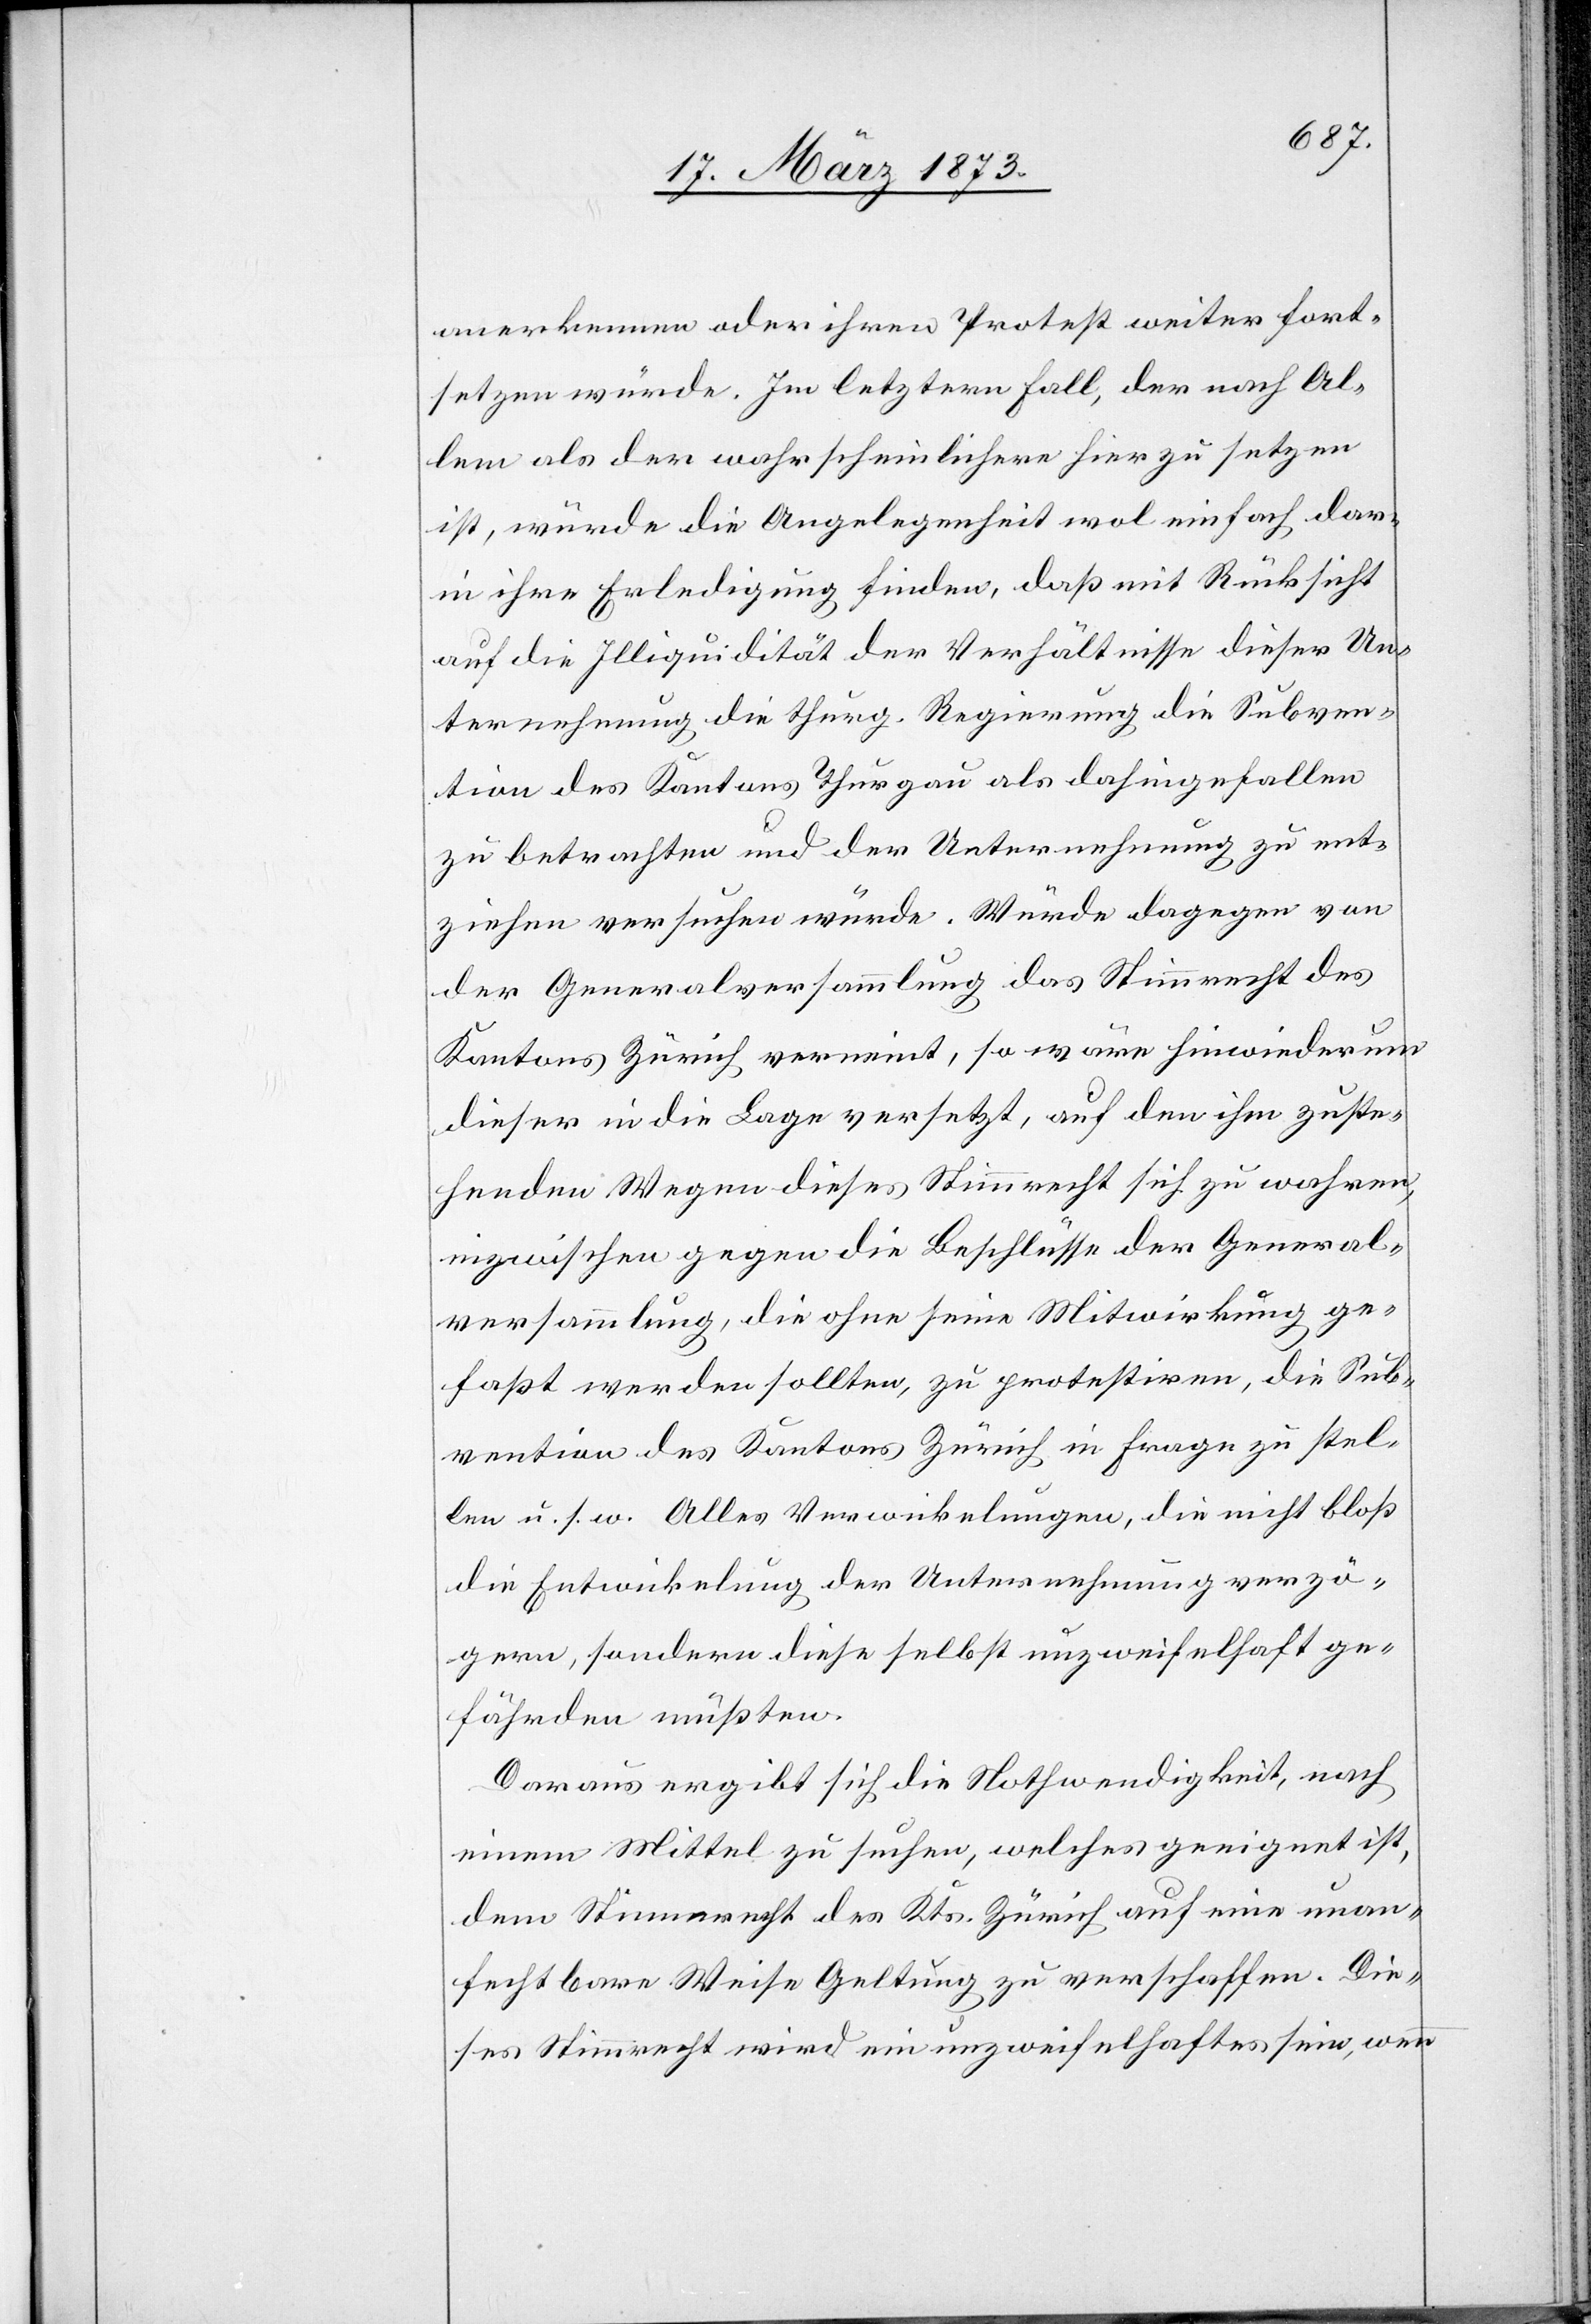
anerkennen oder ihren Protest weiter fort¬
setzen würde. Im letztern Fall, der nach Al¬
lem als der wahrscheinlichere hier zu setzen
ist, würde die Angelegenheit wol einfach dar¬
in ihre Erledigung finden, daß mit Rücksicht
auf die Illiquidität der Verhältnisse dieser Un¬
ternehmung die thurg. Regierung die Subven¬
tion des Kantons Thurgau als dahingefallen
zu betrachten und der Unternehmung zu ent¬
ziehen versuchen würde. Würde dagegen von
der Generalversammlung das Stimmrecht des
Kantons Zürich verneint, so wäre hinwiederum
dieser in die Lage versetzt, auf den ihm zuste¬
henden Wegen dieses Stimmrecht sich zu wahren,
inzwischen gegen die Beschlüsse der General¬
versammlung, die ohne seine Mitwirkung ge¬
faßt werden sollten, zu protestiren, die Sub¬
vention des Kantons Zürich in Frage zu stel¬
len u. s. w. Alles Verwickelungen, die nicht bloß
die Entwickelung der Unternehmung verzö¬
gern, sondern diese selbst unzweifelhaft ge¬
fährden müßten.
Daraus ergibt sich die Nothwendigkeit, nach
einem Mittel zu suchen, welches geeignet ist,
dem Stimmrecht des Kts. Zürich auf eine unan¬
fechtbare Weise Geltung zu verschaffen. Die¬
ses Stimmrecht wird ein unzweifelhaftes sein, wenn